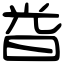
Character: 𣆤